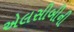
એલસીબીની